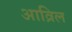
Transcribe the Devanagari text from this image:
आव्रिल